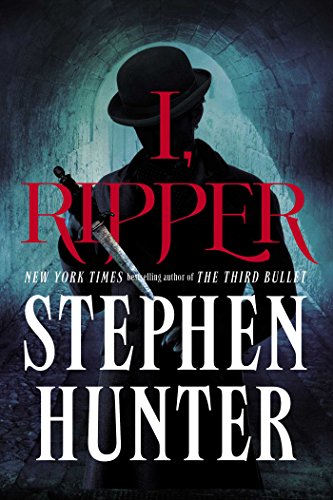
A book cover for I, Ripper: A Novel; Stephen Hunter; Mystery, Thriller & Suspense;